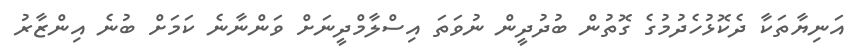
އަނިޔާތަކާ ދެކޮޅުހެދުމުގެ ގޮތުން ބުދުދީން ނުވަތަ އިސްލާމްދީނަށް ވަންނާނެ ކަމަށް ބުނެ އިންޒާރު